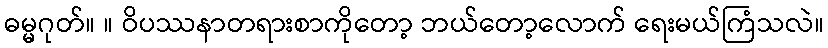
ဓမ္မဂုတ်။ ။ ဝိပဿနာတရားစာကိုတော့ ဘယ်တော့လောက် ရေးမယ်ကြံသလဲ။